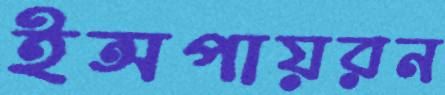
ইন্সপায়রন